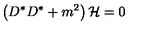
\left( D ^ { * } D ^ { * } + m ^ { 2 } \right) { \cal H } = 0